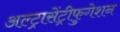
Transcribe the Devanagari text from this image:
अल्ट्रासेंट्रीफुगेशन